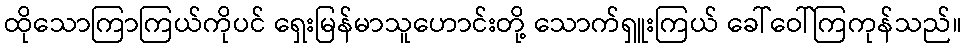
ထိုသောကြာကြယ်ကိုပင် ရှေးမြန်မာသူဟောင်းတို့ သောက်ရှူးကြယ် ခေါ်ဝေါ်ကြကုန်သည်။